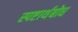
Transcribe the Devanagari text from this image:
स्पष्टार्थबोध